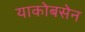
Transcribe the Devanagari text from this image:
याकोबसेन